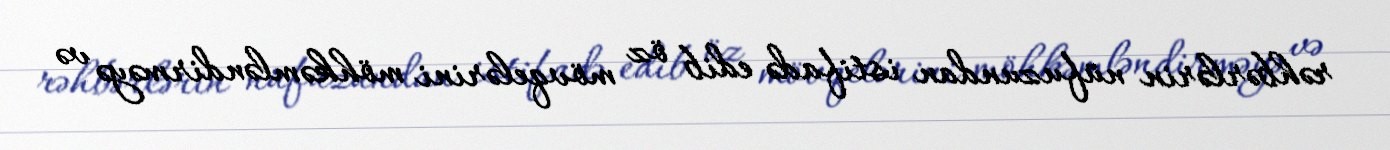
rəhbərlərin nüfuzundan istifadə edib öz mövqelərini möhkəmləndirməyə və